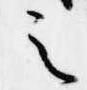
之